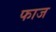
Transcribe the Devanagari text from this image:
फाज